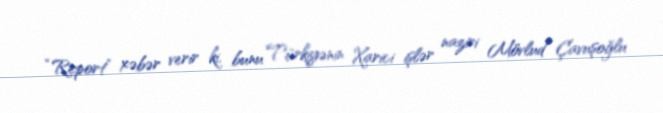
“Report” xəbər verir ki, bunu Türkiyənin Xarici işlər naziri Mövlud Çavuşoğlu